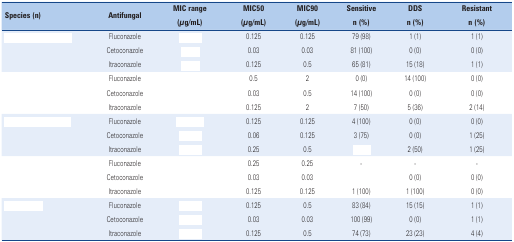
<table><thead><tr><td rowspan="2"><b>Species (n)</b></td><td rowspan="2"><b>Antifungal</b></td><td><b>MIC range</b></td><td><b>MIC50</b></td><td><b>MIC90</b></td><td><b>Sensitive</b></td><td><b>DDS</b></td><td><b>Resistant</b></td></tr><tr><td><b>(μg/mL)</b></td><td><b>(μg/mL)</b></td><td><b>(μg/mL)</b></td><td><b>n (%)</b></td><td><b>n (%)</b></td><td><b>n (%)</b></td></tr></thead><tbody><tr><td>[EMPTY_CELL]</td><td>Fluconazole</td><td>[EMPTY_CELL]</td><td>0.125</td><td>0.125</td><td>79 (98)</td><td>1 (1)</td><td>1 (1)</td></tr><tr><td>[EMPTY_CELL]</td><td>Cetoconazole</td><td>[EMPTY_CELL]</td><td>0.03</td><td>0.03</td><td>81 (100)</td><td>0 (0)</td><td>0 (0)</td></tr><tr><td>[EMPTY_CELL]</td><td>Itraconazole</td><td>[EMPTY_CELL]</td><td>0.125</td><td>0.5</td><td>65 (81)</td><td>15 (18)</td><td>1 (1)</td></tr><tr><td>[EMPTY_CELL]</td><td>Fluconazole</td><td>[EMPTY_CELL]</td><td>0.5</td><td>2</td><td>0 (0)</td><td>14 (100)</td><td>0 (0)</td></tr><tr><td>[EMPTY_CELL]</td><td>Cetoconazole</td><td>[EMPTY_CELL]</td><td>0.03</td><td>0.5</td><td>14 (100)</td><td>0 (0)</td><td>0 (0)</td></tr><tr><td>[EMPTY_CELL]</td><td>Itraconazole</td><td>[EMPTY_CELL]</td><td>0.125</td><td>2</td><td>7 (50)</td><td>5 (36)</td><td>2 (14)</td></tr><tr><td>[EMPTY_CELL]</td><td>Fluconazole</td><td>[EMPTY_CELL]</td><td>0.125</td><td>0.125</td><td>4 (100)</td><td>0 (0)</td><td>0 (0)</td></tr><tr><td>[EMPTY_CELL]</td><td>Cetoconazole</td><td>[EMPTY_CELL]</td><td>0.06</td><td>0.125</td><td>3 (75)</td><td>0 (0)</td><td>1 (25)</td></tr><tr><td>[EMPTY_CELL]</td><td>Itraconazole</td><td>[EMPTY_CELL]</td><td>0.25</td><td>0.5</td><td>[EMPTY_CELL]</td><td>2 (50)</td><td>1 (25)</td></tr><tr><td>[EMPTY_CELL]</td><td>Fluconazole</td><td>[EMPTY_CELL]</td><td>0.25</td><td>0.25</td><td>-</td><td>-</td><td>-</td></tr><tr><td>[EMPTY_CELL]</td><td>Cetoconazole</td><td>[EMPTY_CELL]</td><td>0.03</td><td>0.03</td><td>[EMPTY_CELL]</td><td>0 (0)</td><td>0 (0)</td></tr><tr><td>[EMPTY_CELL]</td><td>Itraconazole</td><td>[EMPTY_CELL]</td><td>0.125</td><td>0.125</td><td>1 (100)</td><td>1 (100)</td><td>0 (0)</td></tr><tr><td>[EMPTY_CELL]</td><td>Fluconazole</td><td>[EMPTY_CELL]</td><td>0.125</td><td>0.5</td><td>83 (84)</td><td>15 (15)</td><td>1 (1)</td></tr><tr><td>[EMPTY_CELL]</td><td>Cetoconazole</td><td>[EMPTY_CELL]</td><td>0.03</td><td>0.03</td><td>100 (99)</td><td>0 (0)</td><td>1 (1)</td></tr><tr><td>[EMPTY_CELL]</td><td>Itraconazole</td><td>[EMPTY_CELL]</td><td>0.125</td><td>0.5</td><td>74 (73)</td><td>23 (23)</td><td>4 (4)</td></tr></tbody></table>